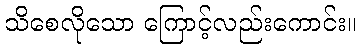
သိစေလိုသော ကြောင့်လည်းကောင်း။